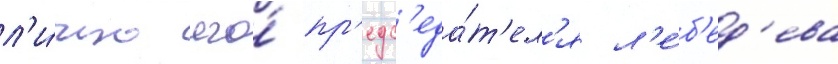
л'и́чно его́ пр'едс'еда́т'ел'я л'е́б'ед'ева